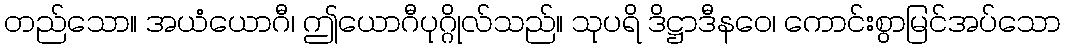
တည်သော။ အယံယောဂီ၊ ဤယောဂီပုဂ္ဂိုလ်သည်။ သုပရိ ဒိဋ္ဌာဒီနဝေ၊ ကောင်းစွာမြင်အပ်သော